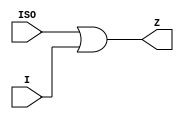
`celldefine
(* is_isolation_cell = 1 *)
module ISOCELL (  I, ISO, Z) ;
(* isolation_cell_data_pin = 1 *)input I;
(* isolation_cell_enable_pin = 1 *)input ISO;
output Z;

assign Z = ISO | I;

endmodule
`endcelldefine